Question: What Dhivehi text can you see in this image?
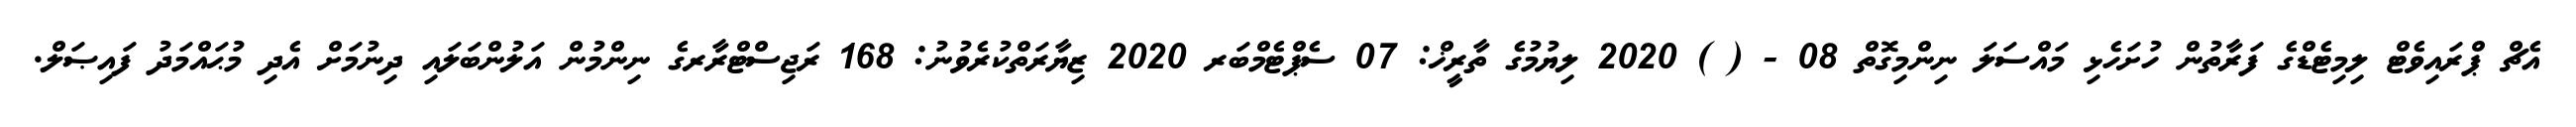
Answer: އެޗް ޕްރައިވެޓް ލިމިޓެޑްގެ ފަރާތުން ހުށަހެޅި މައްސަލަ ނިންމިގޮތް 08 - ( ) 2020 ލިޔުމުގެ ތާރީޚް: 07 ސެޕްޓެމްބަރ 2020 ޒިޔާރަތްކުރެވުނު: 168 ރަޖިސްޓްރާރގެ ނިންމުން އަލުންބަލައި ދިނުމަށް އެދި މުޙައްމަދު ފައިޞަލް.